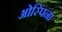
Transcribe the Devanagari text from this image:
ओस्पिना